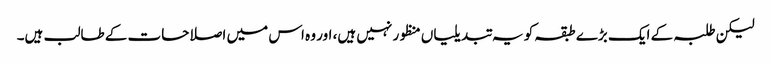
لیکن طلبہ کے ایک بڑے طبقہ کو یہ تبدیلیاں منظور نہیں ہیں، اور وہ اس میں اصلاحات کے طالب ہیں۔